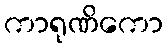
ကာရုဏိကော